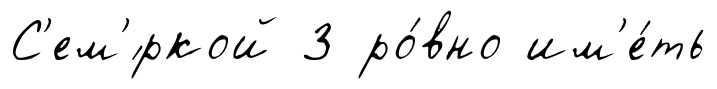
С'ем'́ркой 3 ро́вно им'е́ть